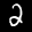
Label: 2